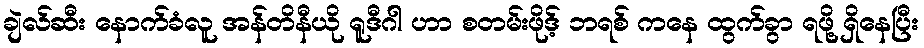
ချဲလ်ဆီး နောက်ခံလူ အန်တိနီယို ရူဒီဂါ ဟာ စတမ်းဖိုဒ့် ဘရစ် ကနေ ထွက်ခွာ ရဖို့ ရှိနေပြီး